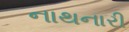
નાથનારી